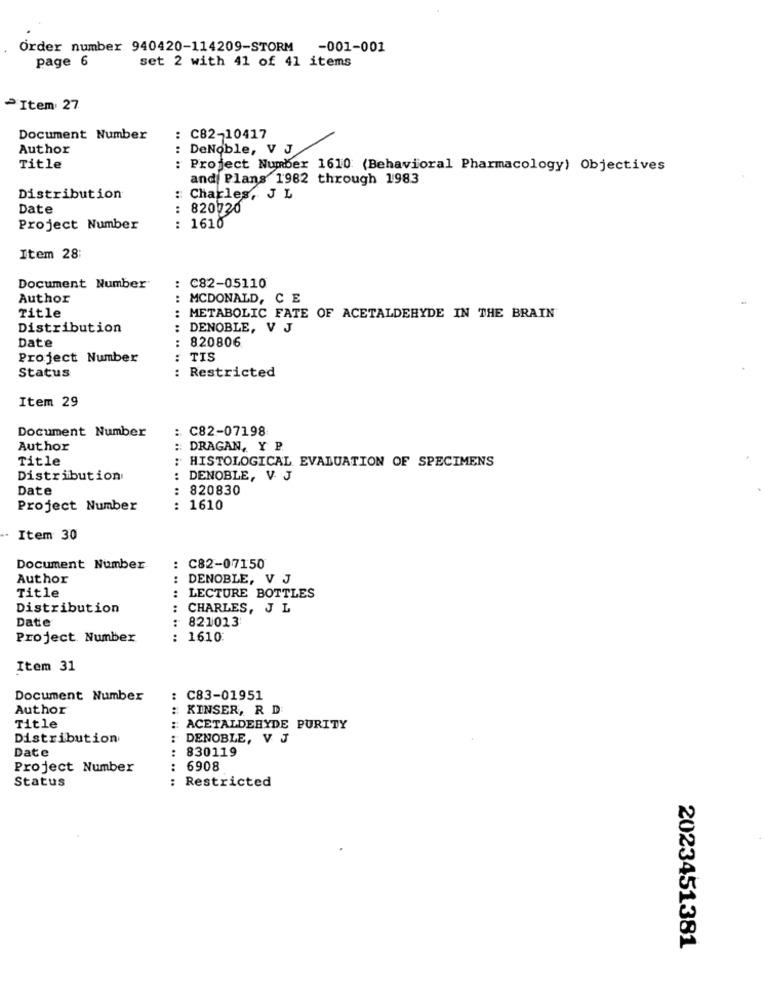
Order number 940420-114209-STORM -001-001
page 6
set 2 with 41 of 41 items
- Item 27
Document Number
: C82-10417
Author
: DeNoble, V J
Title
: Project Number 1610 (Behavioral Pharmacology) Objectives
and Plans 1982 through 1983
Distribution
: Charles, J L
Date
820720
.....
Project Number
: 1610
Item 28:
Document Number"
: C82-05110
Author
MCDONALD, CE
Title
: METABOLIC FATE OF ACETALDEHYDE IN THE BRAIN
Distribution
:
DENOBLE, V J
Date
: 820806
Project Number
TIS
Status
: Restricted
.. ..
Item 29
Document Number
: C82-07198
Author
:: DRAGAN, Y P.
Title
: HISTOLOGICAL EVALUATION OF SPECIMENS
Distribution
: DENOBLE, V. J
Date
:
820830
Project Number
: 1610
Item 30
Document Number
: C82-07150
Author
DENOBLE, V J
..
Title
LECTURE BOTTLES
Distribution
: CHARLES, J L
.. ..
Date
821013
Project. Number
1610
.. ..
Item 31
Document Number
: C83-01951
Author
: KINSER, R D
Title
: ACETALDEHYDE PURITY
Distribution
:
DENOBLE, V J
Date
:
830119
Project Number
: 6908
Status
:
Restricted
2023451381